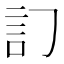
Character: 𧥟